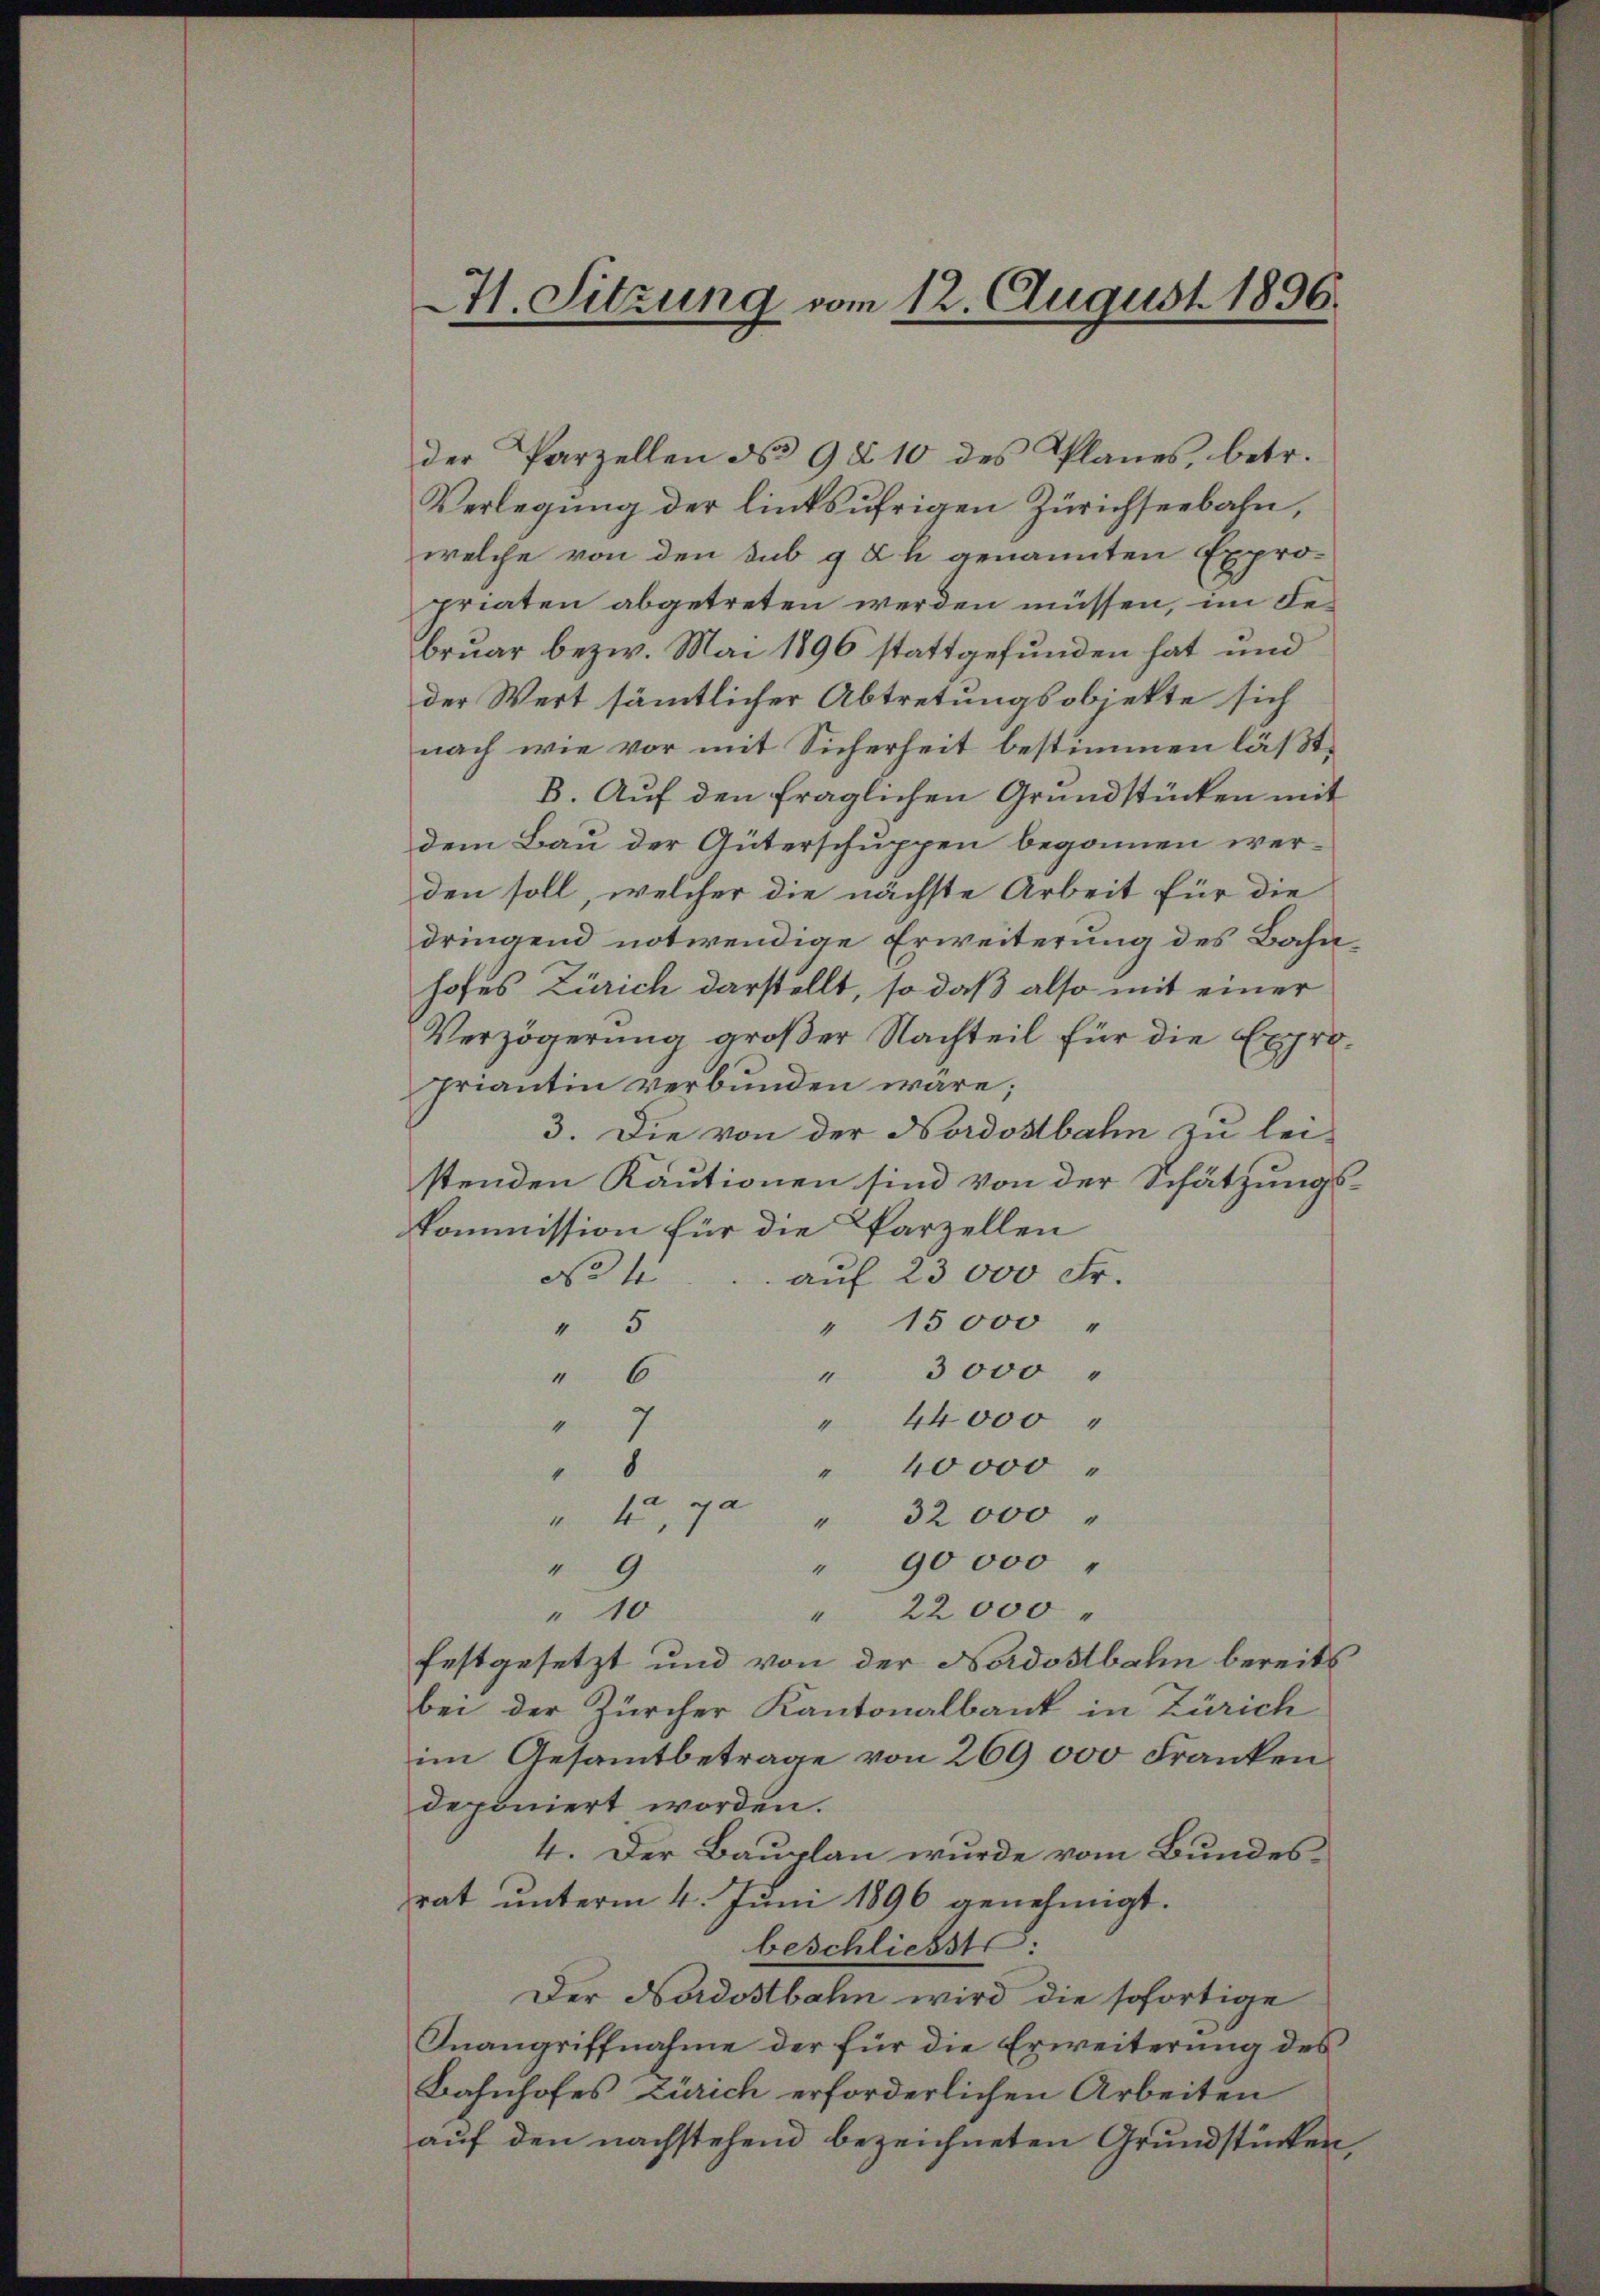
. Sitzung vom 12. August 1896.

der Parzellen No 9 § 10 des Planes, betr.
Verlegung der linksufrigen Zürichseebahn,
welche von den sub g Zh genannten Expropriaten abgetreten werden müssen, im de
bruar bezw. Mai 1896 stattgefunden hat und
der Wert sämmtlicher Abtretungsobjekte sich
nach wie vor mit Sicherheit bestimmen läßt,
B. Auf den fraglichen Grundstücken mit
dem Bau der Güterschuppen begonnen werden soll, welcher die nächste Arbeit für die
dringend notwendige Erweiterung des Bahnhofes Zürich darstellt, so daß also mit einer
Verzögerung großer Nachteil für die Expropriantin verbunden wäre;
3. Die von der Nordostbahn zu lei-
stenden Kautionen sind von der Schätzungs¬
Kommission für die Parzellen
No 4
auf 23000 Fr.
" 15000 "
" 5
" 3000 "
" 6
" 44000
4
" 40000
8
a
" 32000
4
" 90000
" 9
22000
" 10
4
festgesetzt und von der Nordostbahn bereits
bei der Zürcher Kantonalbank in Zürich
im Gesammtbetrage von 269 000 Franken
deponiert worden.
4. Der Bauplan wurde vom Bundesrat unterm 4. Juni 1896 genehmigt.
beschliesste:
Der Nordostbahn wird die sofortige
Inangriffnahme der für die Erweiterung des
Bahnhofes Zürich erforderlichen Arbeiten
auf den nachstehend bezeichneten Grundstücken,